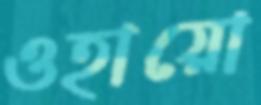
ওহায়ো